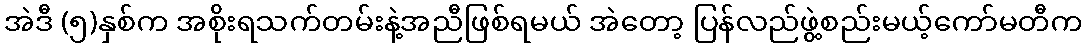
အဲဒီ (၅)နှစ်က အစိုးရသက်တမ်းနဲ့အညီဖြစ်ရမယ် အဲတော့ ပြန်လည်ဖွဲ့စည်းမယ့်ကော်မတီက